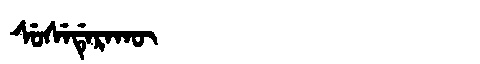
Manchu: ᠰᡠᠰᡝᡩᡝᡵᠠᡴᡡ
Romanization: SUSEDERAKŪ